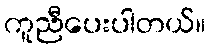
ကူညီပေးပါတယ်။